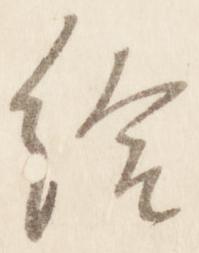
給